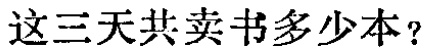
这三天共卖书多少本？